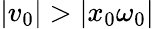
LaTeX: |v_{0}|>|x_{0}\omega_{0}|